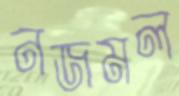
নজমল